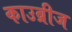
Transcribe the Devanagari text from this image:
काउब्रीज